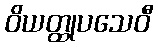
ဝိယတ္ထုပသေဝီ